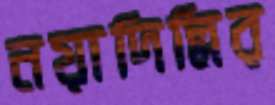
নয়াদিল্লির